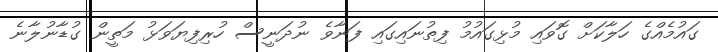
ގައުމެއްގެ ހަލާކަށް ގޮވައި މުޅިގައުމު ފިތުނައިގައި ފަނާވެ ނުދަނީސް ހުރިފިޔަވަޅު މަތީން ގުޑާނުލާނެ